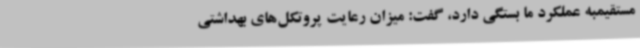
مستقیمبه عملکرد ما بستگی دارد، گفت: میزان رعایت پروتکل‌های بهداشتی